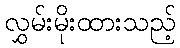
လွှမ်းမိုးထားသည့်